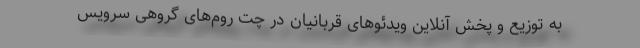
به توزیع و پخش آنلاین ویدئوهای قربانیان در چت روم‌های گروهی سرویس